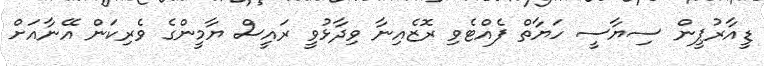
ޑީއާރުޕީން ސިޔާސީ ހަޔާތް ފެއްޓެވި ރޮޒެއިނާ ވިދާޅުވީ ރައީސް ޔާމީންގެ ވެރިކަން އޭނާއަށް